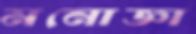
মনোজ্ঞা